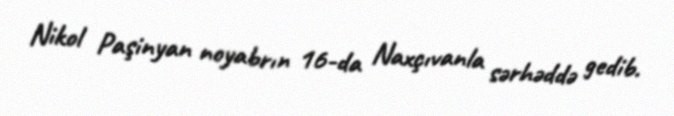
Nikol Paşinyan noyabrın 16-da Naxçıvanla sərhəddə gedib.